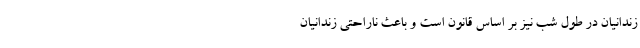
زندانیان در طول شب نیز بر اساس قانون است و باعث ناراحتی زندانیان